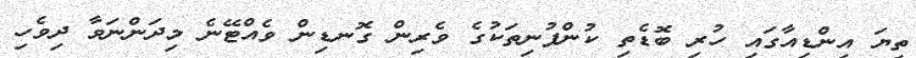
ތިޔަ އިންޑިއާގައި ހުރި ބޮޑެތި ކުންފުނިތަކުގެ ވެރިން ގޮނޑިން ވެއްޓޭނެ މިދަންނަވާ ދިވެހި